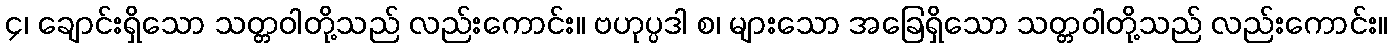
၄၊ ချောင်းရှိသော သတ္တဝါတို့သည် လည်းကောင်း။ ဗဟုပ္ပဒါ စ၊ များသော အခြေရှိသော သတ္တဝါတို့သည် လည်းကောင်း။